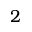
2